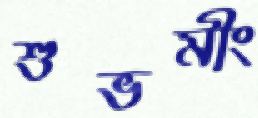
শুভমীং